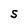
Character: S